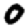
Digit: 0